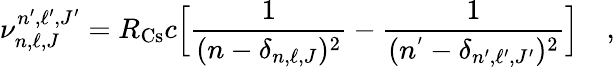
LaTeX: \nu_{n,\ell,J}^{n^{\prime},\ell^{\prime},J^{\prime}}=R_{\mathrm{Cs}}c\Big[\frac{1}{(n-\delta_{n,\ell,J})^{2}}-\frac{1}{(n^{'}-\delta_{n^{\prime},\ell^{\prime},J^{\prime}})^{2}}\Big]\quad,